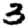
Digit: 3